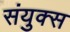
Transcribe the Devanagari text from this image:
संयुक्स